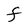
Character: F